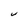
Character: V